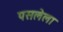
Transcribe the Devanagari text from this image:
पसलेला